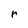
Character: r